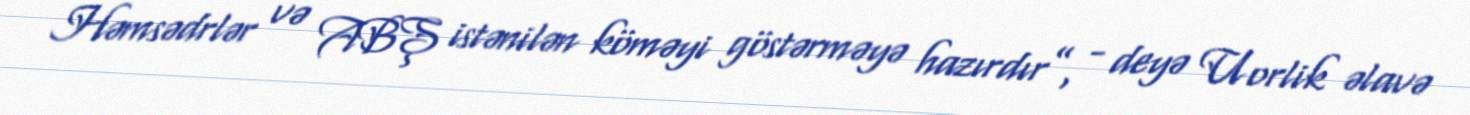
Həmsədrlər və ABŞ istənilən köməyi göstərməyə hazırdır”, - deyə Uorlik əlavə